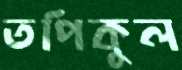
তপিকুল